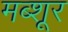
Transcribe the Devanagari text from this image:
मब्शूर